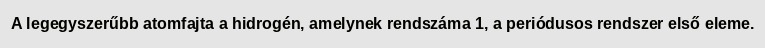
A legegyszerűbb atomfajta a hidrogén, amelynek rendszáma 1, a periódusos rendszer első eleme.